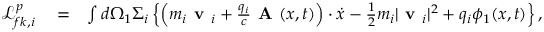
\begin{array} { r l r } { \mathcal { L } _ { f k , i } ^ { p } } & { { } = } & { \int d \Omega _ { 1 } \Sigma _ { i } \left\{ \left( m _ { i } \textbf { v } _ { i } + \frac { q _ { i } } { c } \textbf { A } ( x , t ) \right) \boldsymbol { \boldsymbol { \cdot } } \dot { x } - \frac { 1 } { 2 } m _ { i } | \textbf { v } _ { i } | ^ { 2 } + q _ { i } \phi _ { 1 } ( x , t ) \right\} , } \end{array}